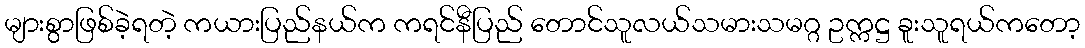
များစွာဖြစ်ခဲ့ရတဲ့ ကယားပြည်နယ်က ကရင်နီပြည် တောင်သူလယ်သမားသမဂ္ဂ ဥက္ကဋ္ဌ ခူးသူရယ်ကတော့